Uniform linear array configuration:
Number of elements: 64
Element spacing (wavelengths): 0.25
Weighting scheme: binomial
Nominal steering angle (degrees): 60
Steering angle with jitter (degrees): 61.281
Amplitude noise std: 0.05
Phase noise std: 0.05

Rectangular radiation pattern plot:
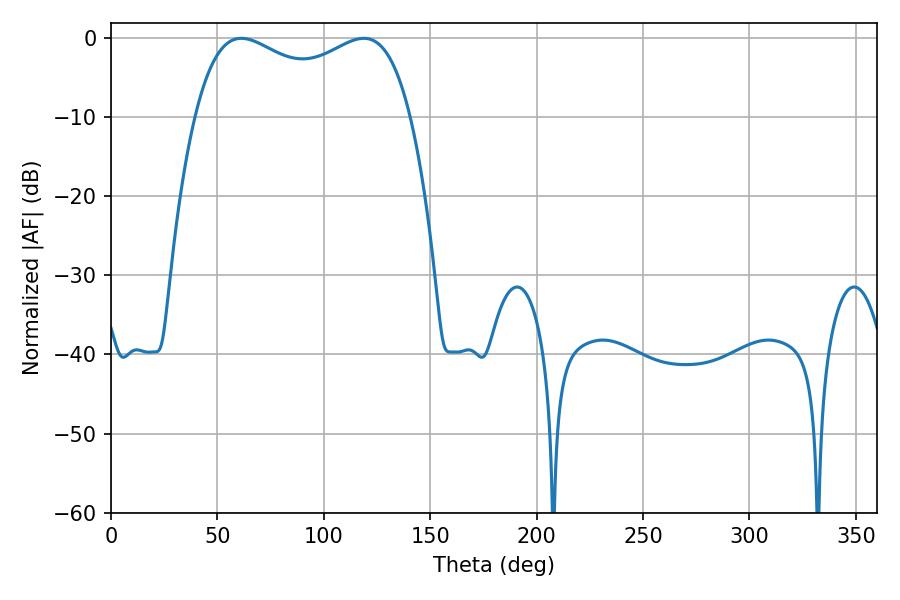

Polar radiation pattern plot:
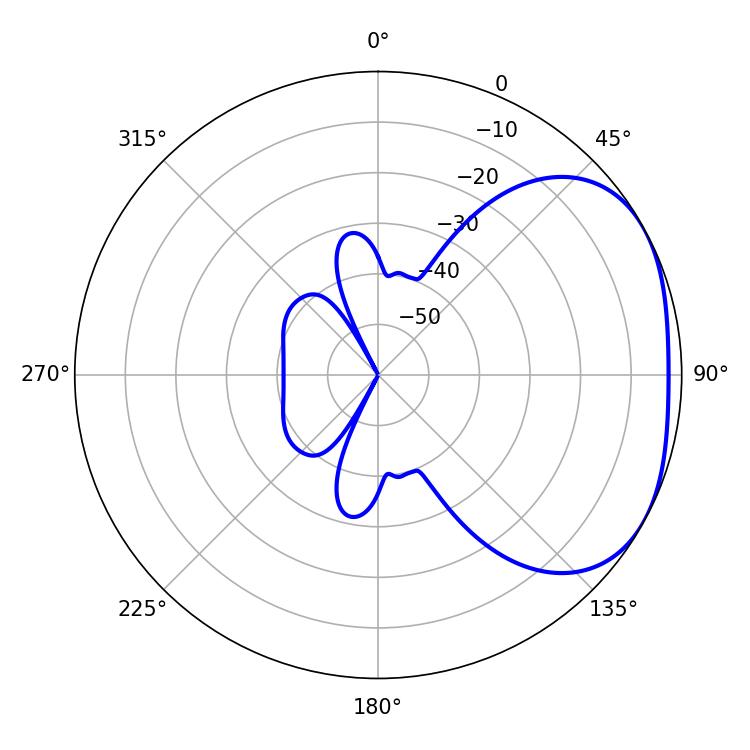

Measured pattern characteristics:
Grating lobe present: FALSE
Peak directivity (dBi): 2.649
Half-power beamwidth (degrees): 83.88
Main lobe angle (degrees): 61.2